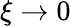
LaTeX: \xi\to 0